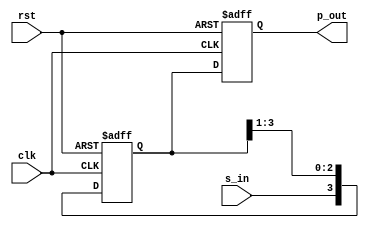
module rs_sipo(
input clk,rst,
input s_in,
output reg[3:0]p_out
);
reg [3:0]shift_reg;

always@(posedge clk or posedge rst)
begin
if (rst) begin
 shift_reg <= 4'b0000;
 p_out <= 4'b0000;
end
else begin
 shift_reg <= {s_in,shift_reg[3:1]};
 p_out <= shift_reg;
end
end
endmodule